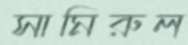
সামিরুল